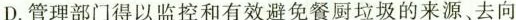
D.管理部门得以监控和有效避免餐厨垃圾的来源、去向